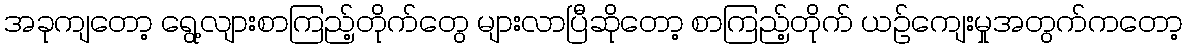
အခုကျတော့ ရွေ့လျားစာကြည့်တိုက်တွေ များလာပြီဆိုတော့ စာကြည့်တိုက် ယဉ်ကျေးမှုအတွက်ကတော့